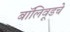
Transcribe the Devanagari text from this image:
बॉलिवूडचे